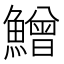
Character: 鱛